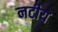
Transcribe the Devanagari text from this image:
नटीय